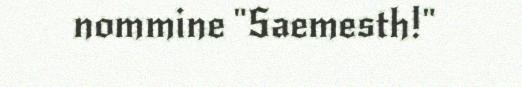
nommine "Saemesth!"